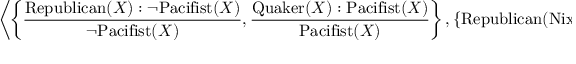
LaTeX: \left\langle \left\{ { \frac { \mathrm { R e p u b l i c a n } ( X ) : \neg \mathrm { P a c i f i s t } ( X ) } { \neg \mathrm { P a c i f i s t } ( X ) } } , { \frac { \mathrm { Q u a k e r } ( X ) : \mathrm { P a c i f i s t } ( X ) } { \mathrm { P a c i f i s t } ( X ) } } \right\} , \left\{ \mathrm { R e p u b l i c a n } ( \mathrm { N i x o n } ) , \mathrm { Q u a k e r } ( \mathrm { N i x o n } ) \right\} \right\rangle